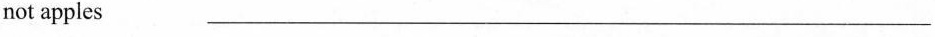
not apples ___